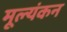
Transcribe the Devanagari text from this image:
मूल्यंकन